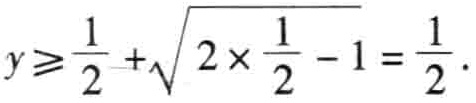
$y\geqslant\frac{1}{2}+\sqrt{2\times\frac{1}{2}-1}=\frac{1}{2}.$